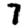
Digit: 7